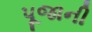
પૂજાની